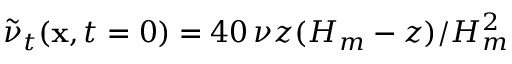
\tilde { \nu } _ { t } ( { \bf { x } } , t = 0 ) = 4 0 \, \nu z ( H _ { m } - z ) / H _ { m } ^ { 2 }